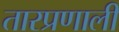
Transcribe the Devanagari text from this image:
तारप्रणाली